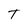
Character: T